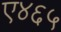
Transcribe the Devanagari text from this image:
ए४६५